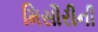
મિસૌરીની